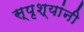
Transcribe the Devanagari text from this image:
स्पृश्यांनी